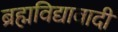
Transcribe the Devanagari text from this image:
ब्रह्मविद्यावादी